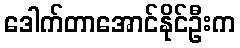
ဒေါက်တာအောင်နိုင်ဦးက